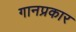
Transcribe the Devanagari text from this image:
गानप्रकार